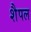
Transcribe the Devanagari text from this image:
शैपल